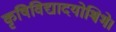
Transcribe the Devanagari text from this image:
कृषिविद्यादयोश्विभे।